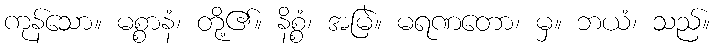
ကုန်သော။ မစ္စာနံ၊ တို့၏။ နိစ္စံ၊ အမြဲ။ မရဏတော၊ မှ။ ဘယံ၊ သည်။